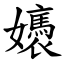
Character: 㜵